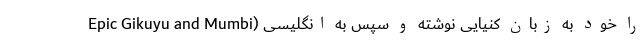
Epic Gikuyu and Mumbi) را خود به زبان کنیایی نوشته و سپس به انگلیسی